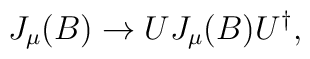
J_{\mu}(B) \rightarrow UJ_{\mu}(B)U^{\dagger},